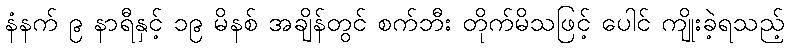
နံနက် ၉ နာရီနှင့် ၁၉ မိနစ် အချိန်တွင် စက်ဘီး တိုက်မိသဖြင့် ပေါင် ကျိုးခဲ့ရသည့်